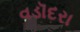
વડૉદરા